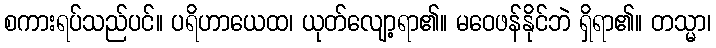
စကားရပ်သည်ပင်။ ပရိဟာယေထ၊ ယုတ်လျော့ရာ၏။ မဝေဖန်နိုင်ဘဲ ရှိရာ၏။ တသ္မာ၊